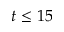
t \le 1 5